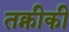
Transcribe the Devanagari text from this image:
तक्नीकी